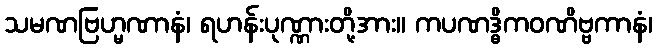
သမဏဗြဟ္မဏာနံ၊ ရဟန်းပုဏ္ဏားတို့အား။ ကပဏဒ္ဓိကဝဏိဗ္ဗကာနံ၊